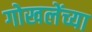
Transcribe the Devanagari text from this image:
गोखलेंच्या